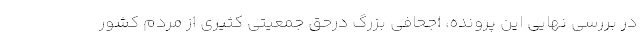
در بررسی نهایی این پرونده، اجحافی بزرگ درحق جمعیتی کثیری از مردم کشور